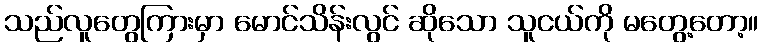
သည်လူတွေကြားမှာ မောင်သိန်းလွင် ဆိုသော သူငယ်ကို မတွေ့တော့။